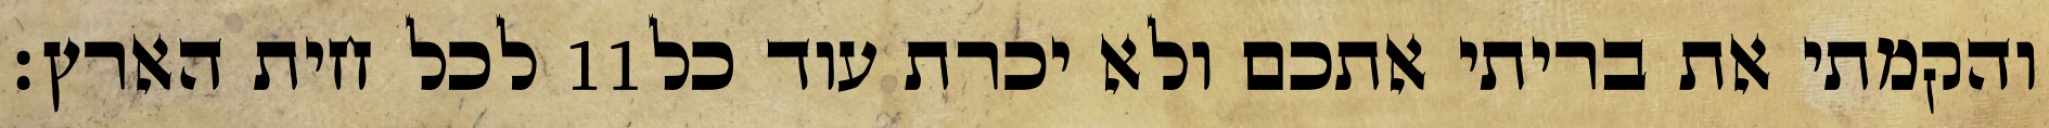
לכל חית הארץ׃ ‎11‏ והקמתי את בריתי אתכם ולא יכרת עוד כל